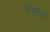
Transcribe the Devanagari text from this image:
कंगायम